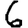
Digit: 6